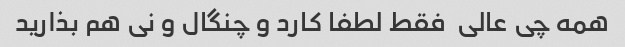
همه چی عالی  فقط لطفا کارد و چنگال و نی هم بذارید